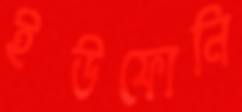
ইউফোনি